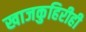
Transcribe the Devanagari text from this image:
खाजकुहिरीही